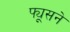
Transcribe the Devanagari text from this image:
झ्यूसने